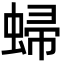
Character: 𧌈